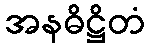
အနဓိဋ္ဌိတံ